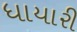
ધાયારી